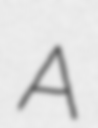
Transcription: A